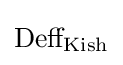
{\text{Deff}}_{\text{Kish}}